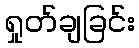
ရှုတ်ချခြင်း